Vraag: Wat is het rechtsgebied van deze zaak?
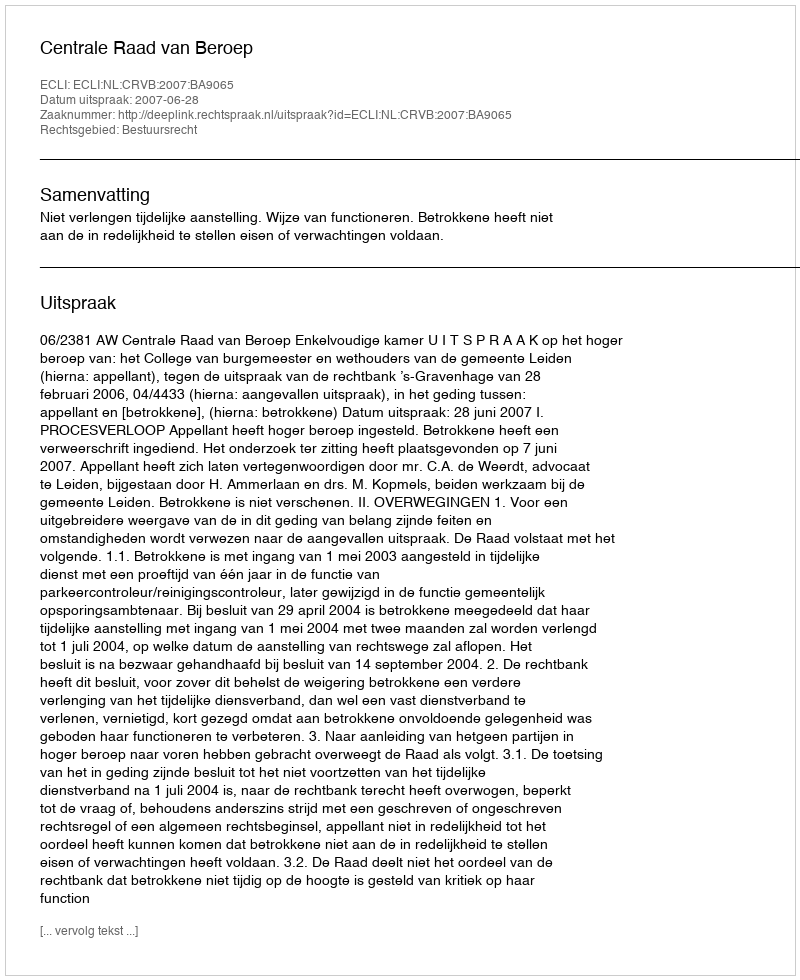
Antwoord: Bestuursrecht